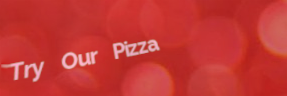
Try Our Pizza